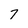
Character: 7